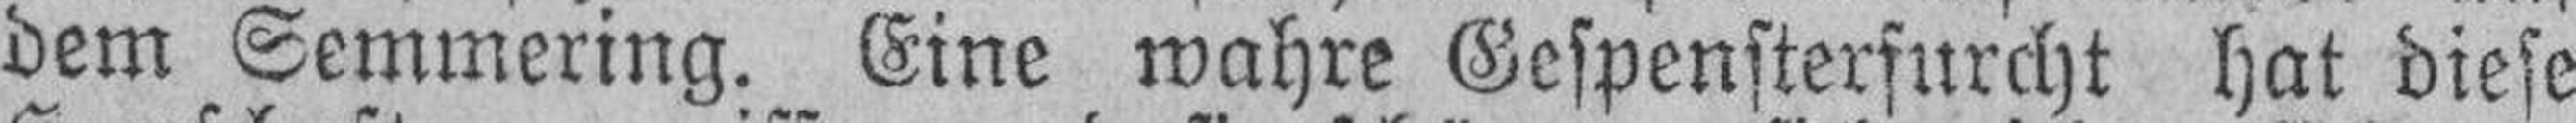
dem Semmering. Eine wahre Gespensterfurcht hat diese